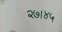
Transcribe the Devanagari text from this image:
२७।४५